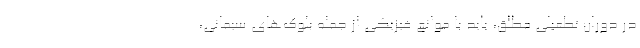
در دوران تطعیلی مطلق، باید با موانع فیزیکی از جمله بلوک‌های سیمانی،